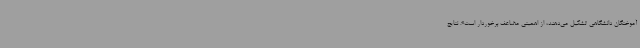
‌آموختگان دانشگاهی تشکیل می‌دهند، از اهمیتی مضاعف برخوردار است». نتایج